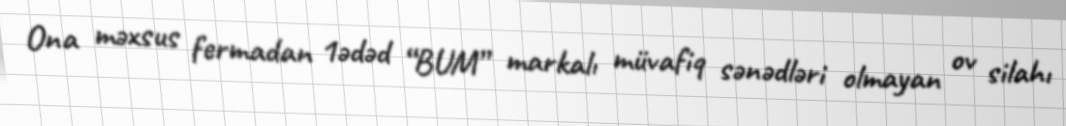
Ona məxsus fermadan 1ədəd “BUM” markalı müvafiq sənədləri olmayan ov silahı